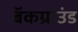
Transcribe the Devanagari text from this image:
बॅकग्राउंड